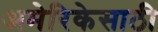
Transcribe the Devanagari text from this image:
अमेरिकेसाठी